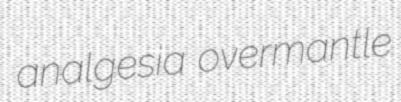
analgesia overmantle